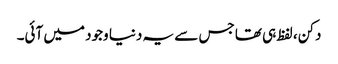
دکن، لفظ ہی تھا جس سے یہ دنیا وجود میں آئی۔